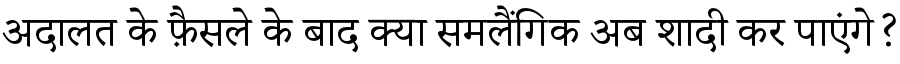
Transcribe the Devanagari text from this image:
अदालत के फ़ैसले के बाद क्या समलैंगिक अब शादी कर पाएंगे?